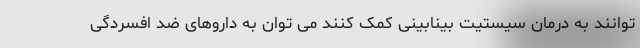
توانند به درمان سیستیت بینابینی کمک کنند می توان به داروهای ضد افسردگی